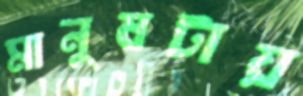
মানুষটায়